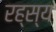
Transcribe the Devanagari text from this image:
रह्स्य